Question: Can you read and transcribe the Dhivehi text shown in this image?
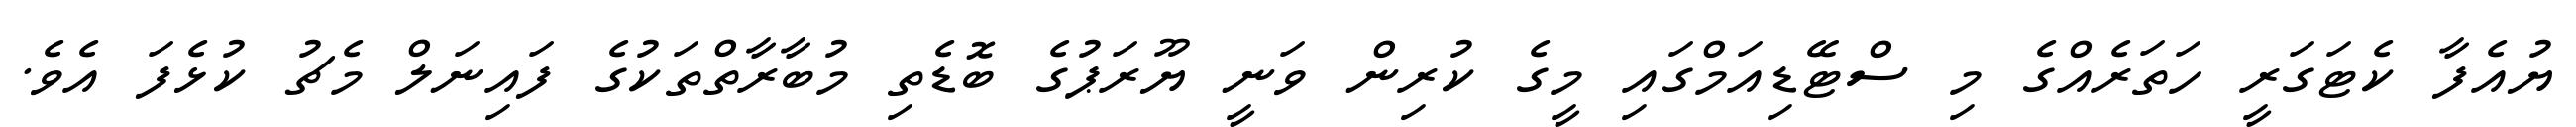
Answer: ޔުއެފާ ކެޓަގަރީ ހަތަރެއްގެ މި ސްޓޭޑިއަމްގައި މީގެ ކުރިން ވަނީ ޔޫރަޕުގެ ބޮޑެތި މުބާރާތްތަކުގެ ފައިނަލް މެޗު ކުޅެފަ އެވެ.